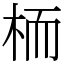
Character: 栭